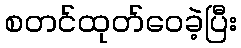
စတင်ထုတ်ဝေခဲ့ပြီး